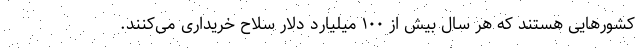
کشورهایی هستند که هر سال بیش از ۱۰۰ میلیارد دلار سلاح خریداری می‌کنند.